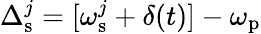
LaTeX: \Delta_{\mathrm{s}}^{j}=[\omega_{\mathrm{s}}^{j}+\delta(t)]-\omega_{\mathrm{p}}